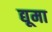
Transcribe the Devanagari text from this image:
द्यूमा